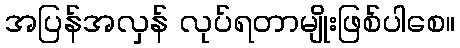
အပြန်အလှန် လုပ်ရတာမျိုးဖြစ်ပါစေ။